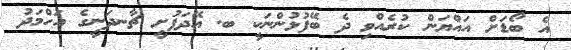
އެ ބޯޑަށް އައްޔަން ކުރެއްވި ދެ ބޭފުޅުންނަކީ ބ. އޭދަފުށީ ޗާނދަނީގެ އަހްމަދު